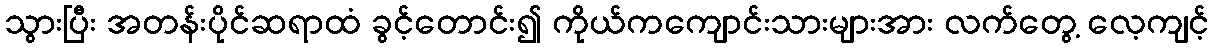
သွားပြီး အတန်းပိုင်ဆရာထံ ခွင့်တောင်း၍ ကိုယ်ကကျောင်းသားများအား လက်တွေ့ လေ့ကျင့်